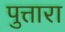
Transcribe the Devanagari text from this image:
पुत्तारा